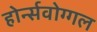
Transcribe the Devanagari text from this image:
होर्न्सवोग्गल